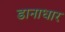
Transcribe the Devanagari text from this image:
डानाधार